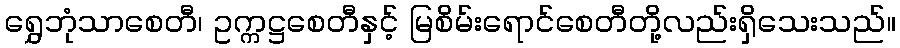
ရွှေဘုံသာစေတီ၊ ဥက္ကဋ္ဌစေတီနှင့် မြစိမ်းရောင်စေတီတို့လည်းရှိသေးသည်။